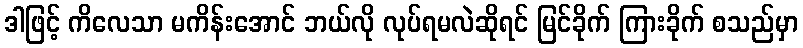
ဒါဖြင့် ကိလေသာ မကိန်းအောင် ဘယ်လို လုပ်ရမလဲဆိုရင် မြင်ခိုက် ကြားခိုက် စသည်မှာ